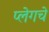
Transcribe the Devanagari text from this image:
प्लेगचे